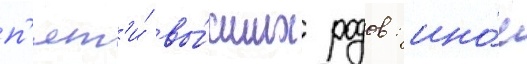
п'ят'и́ вы́сших родов: ино́е